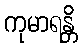
ကုမာရန္တိ